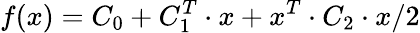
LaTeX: f(x)=C_{0}+C_{1}^{T}\cdot x+x^{T}\cdot C_{2}\cdot x/2